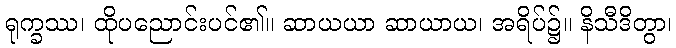
ရုက္ခဿ၊ ထိုပညောင်းပင်၏။ ဆာယယာ ဆာယာယ၊ အရိပ်၌။ နိသီဒိတွာ၊